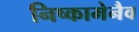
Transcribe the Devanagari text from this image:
निष्कामेनैव